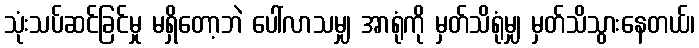
သုံးသပ်ဆင်ခြင်မှု မရှိတော့ဘဲ ပေါ်လာသမျှ အာရုံကို မှတ်သိရုံမျှ မှတ်သိသွားနေတယ်၊